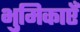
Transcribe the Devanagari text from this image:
भुमिकाएँ